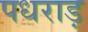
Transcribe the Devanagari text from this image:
पधराड़